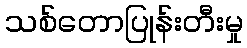
သစ်တောပြုန်းတီးမှု